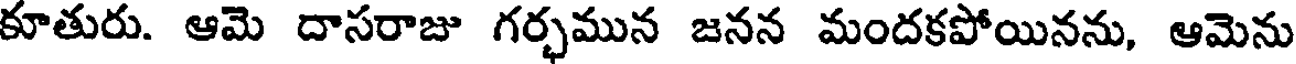
కూతురు. ఆమె దాసరాజు గర్భమున జనన మందకపోయినను, ఆమెను